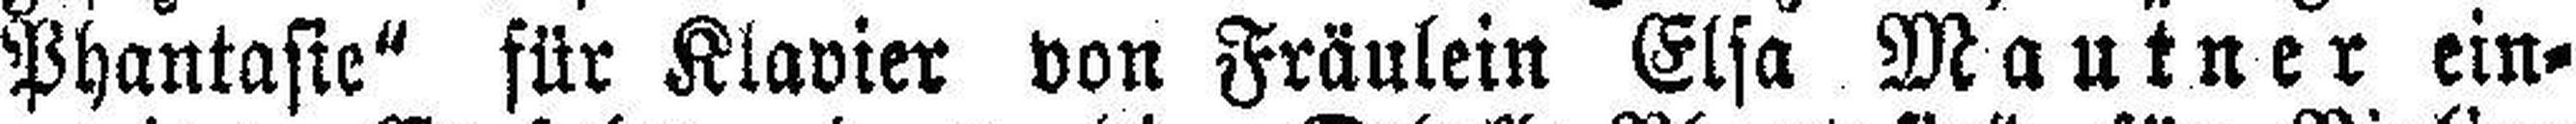
Phantasie“ für Klavier von Fräulein Elsa Mautner ein¬